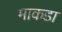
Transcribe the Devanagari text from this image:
माकडा